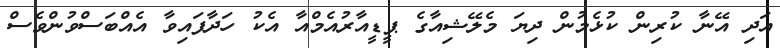
އަދި އޭނާ ކުރިން ކުޅެމުން ދިޔަ މެލޭޝިއާގެ ޕީޑީއާރުއެމްއާ އެކު ހަދާފައިވާ އެއްބަސްވުންވެސް